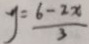
y = \frac { 6 - 2 x } { 3 }